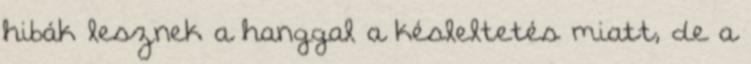
hibák lesznek a hanggal a késleltetés miatt, de a